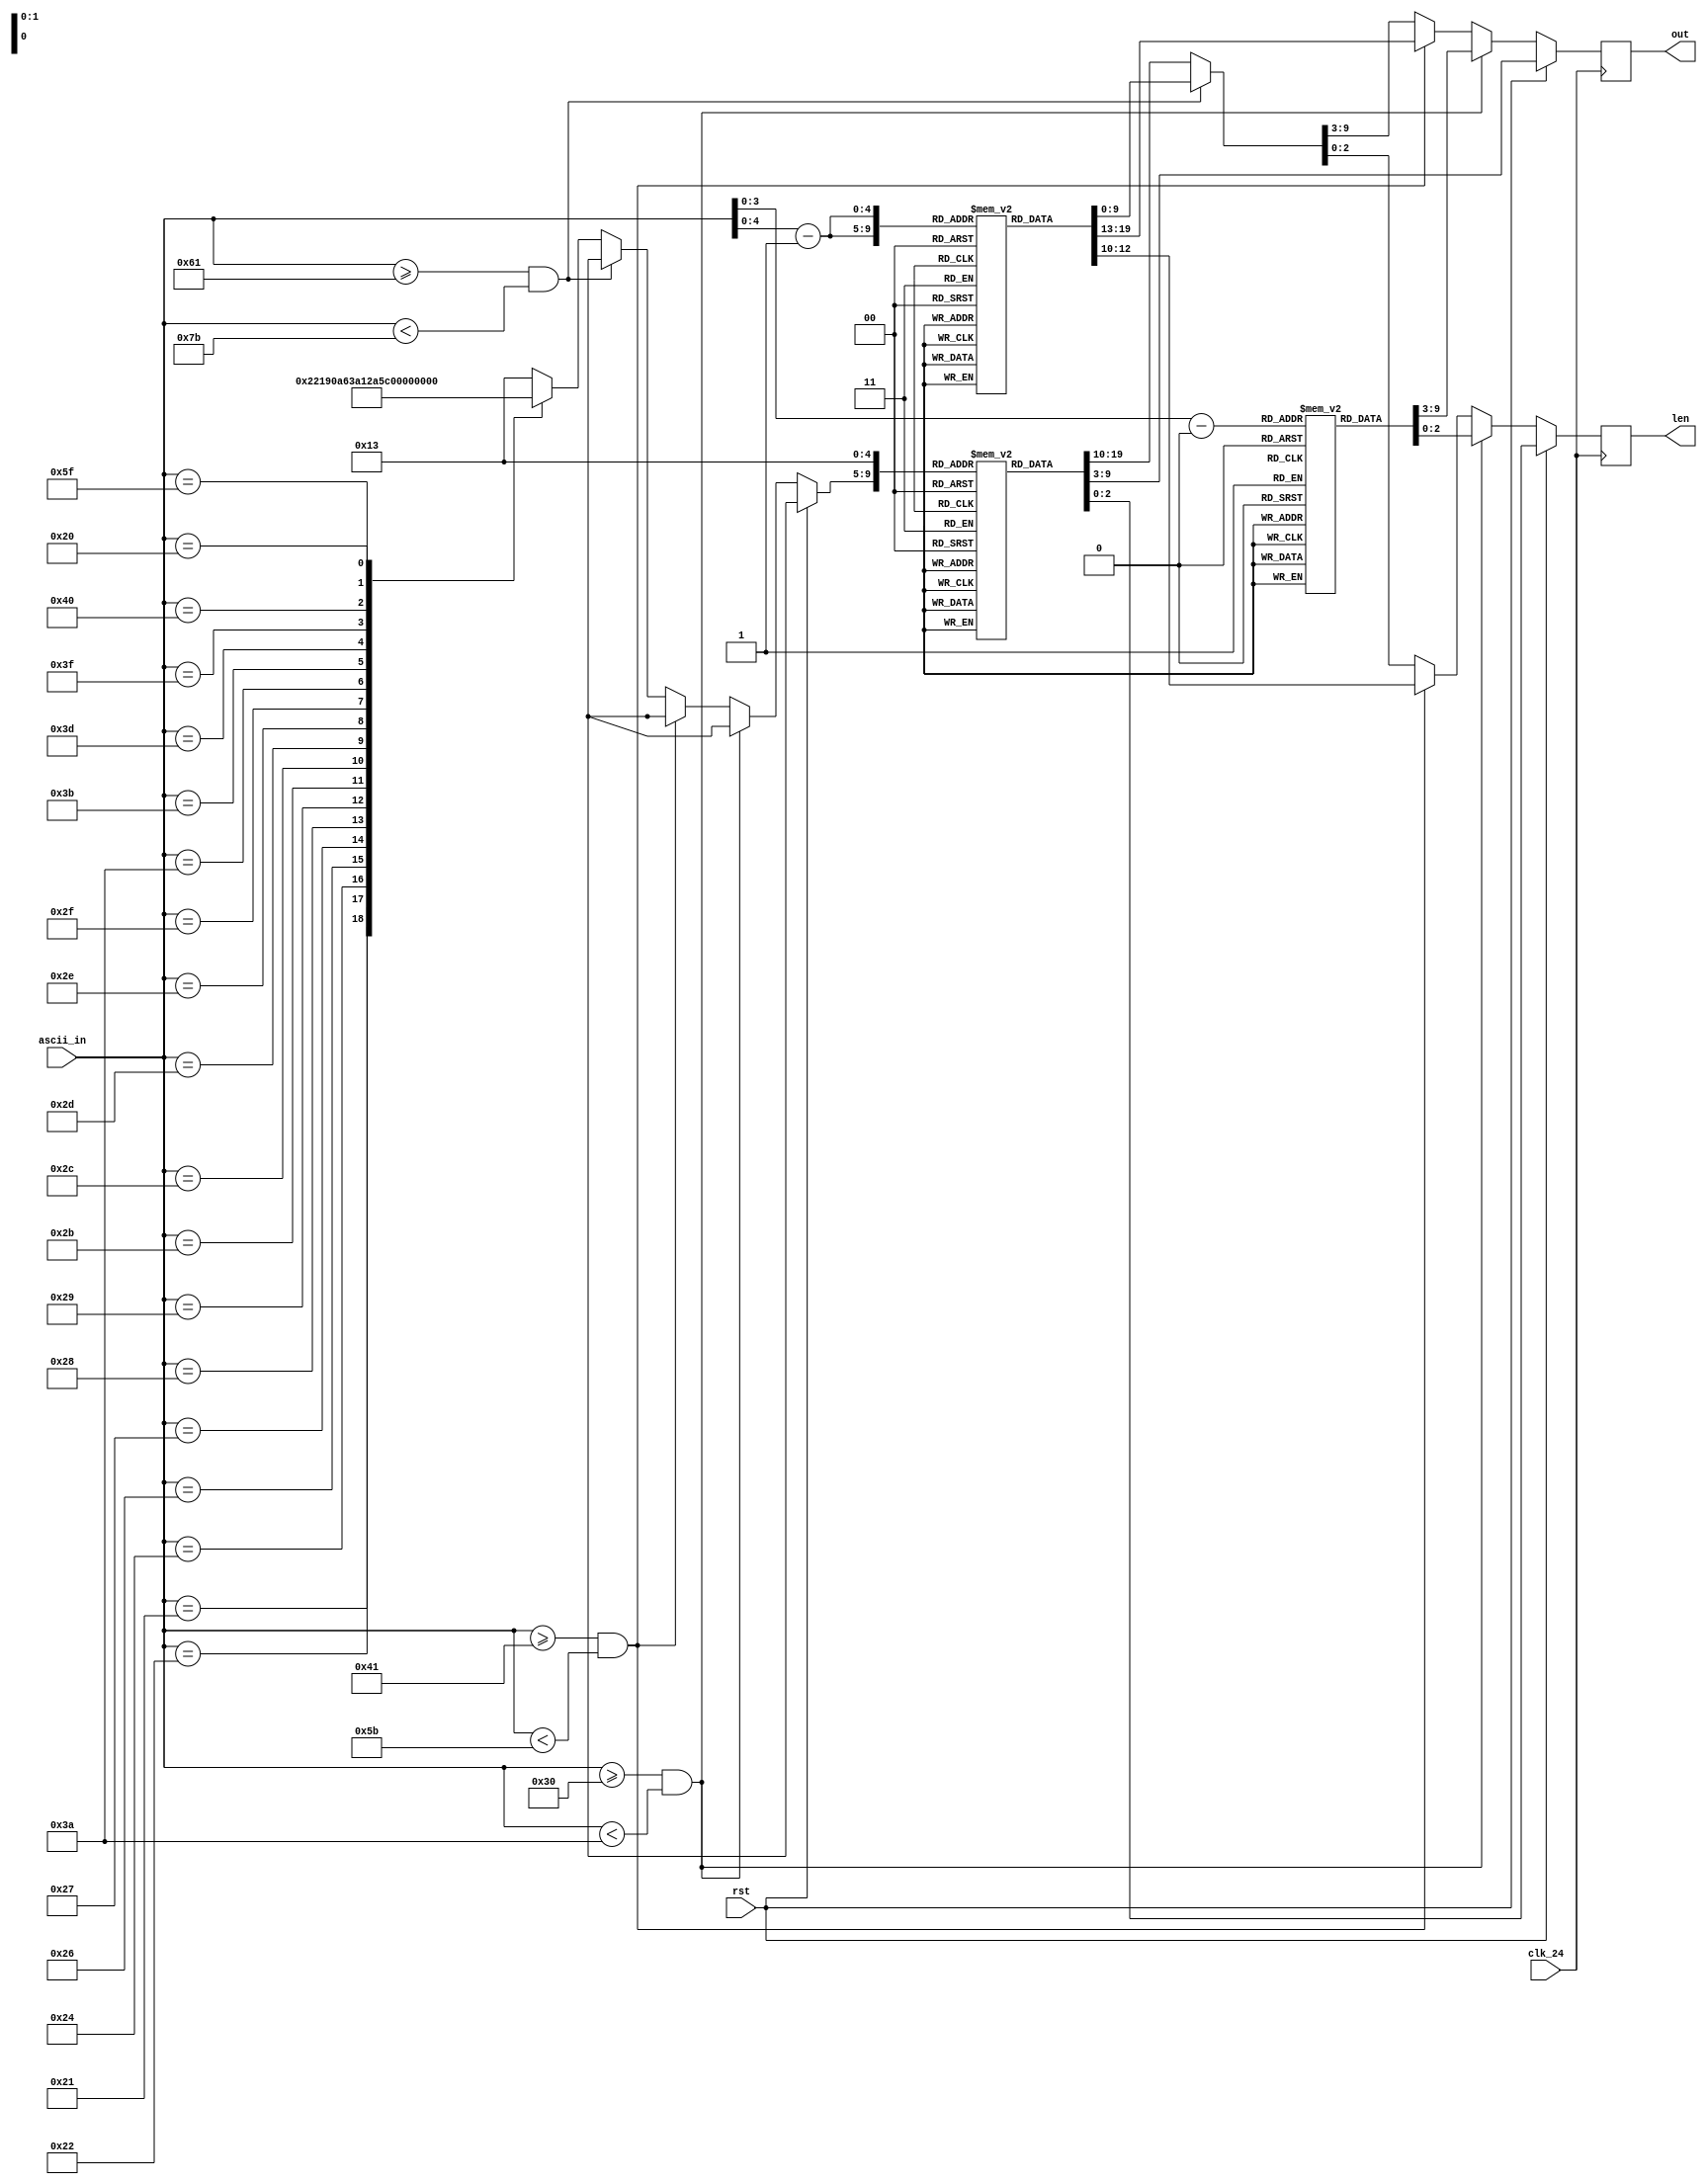
module morse(clk_24, rst, ascii_in, out, len);
    input clk_24;
    input rst;
    input [6:0] ascii_in;

    output reg [6:0] out = 6'b0;
    output reg [2:0] len = 3'b0;

    reg [9:0] letters [0:25];
    reg [9:0] numbers [0:9];
    reg [9:0] punctuation [0:19];

    reg [4:0] punc_index;

    //0 short, 1 long
    //Read from right to left (little endian)
    initial begin
        numbers[0] = {6'b00_11111, 3'd5}; //0
        numbers[1] = {6'b00_11110, 3'd5}; //1
        numbers[2] = {6'b00_11100, 3'd5}; //2
        numbers[3] = {6'b00_11000, 3'd5}; //3
        numbers[4] = {6'b00_10000, 3'd5}; //4
        numbers[5] = {6'b00_00000, 3'd5}; //5
        numbers[6] = {6'b00_00001, 3'd5}; //6
        numbers[7] = {6'b00_00011, 3'd5}; //7
        numbers[8] = {6'b00_00111, 3'd5}; //8
        numbers[9] = {6'b00_01111, 3'd5}; //9

        //Underscore to tell where the morse end
        //The length parameter encodes this in the Verilog
        letters[0] = {7'b00000_10, 3'd2}; //A
        letters[1] = {7'b000_0001, 3'd4}; //B
        letters[2] = {7'b000_0101, 3'd4}; //C
        letters[3] = {7'b0000_001, 3'd3}; //D
        letters[4] = {7'b000000_0, 3'd1}; //E
        letters[5] = {7'b000_0100, 3'd4}; //F
        letters[6] = {7'b0000_011, 3'd3}; //G
        letters[7] = {7'b000_0000, 3'd4}; //H
        letters[8] = {7'b00000_00, 3'd2}; //I
        letters[9] = {7'b000_1110, 3'd4}; //J
        letters[10] = {7'b0000_101, 3'd3}; //K
        letters[11] = {7'b000_0010, 3'd4}; //L
        letters[12] = {7'b00000_11, 3'd2}; //M
        letters[13] = {7'b00000_01, 3'd2}; //N
        letters[14] = {7'b0000_111, 3'd3}; //O
        letters[15] = {7'b000_0110, 3'd4}; //P
        letters[16] = {7'b000_1011, 3'd4}; //Q
        letters[17] = {7'b0000_010, 3'd3}; //R
        letters[18] = {7'b0000_000, 3'd3}; //S
        letters[19] = {7'b000000_1, 3'd1}; //T
        letters[20] = {7'b0000_100, 3'd3}; //U
        letters[21] = {7'b000_1000, 3'd4}; //V
        letters[22] = {7'b0000_110, 3'd3}; //W
        letters[23] = {7'b000_1001, 3'd4}; //X
        letters[24] = {7'b000_1101, 3'd4}; //Y
        letters[25] = {7'b000_0011, 3'd4}; //Z

        punctuation[0] = {7'b0_110101, 3'd6}; //! 33
        punctuation[1] = {7'b0_010010, 3'd6}; //" 34
        punctuation[2] = {7'b 1001000, 3'd7}; //$ 36
        punctuation[3] = {7'b00_00010, 3'd5}; //& 38
        punctuation[4] = {7'b0_011110, 3'd6}; //' 39
        punctuation[5] = {7'b00_01101, 3'd5}; //( 40
        punctuation[6] = {7'b0_101101, 3'd6}; //) 41
        punctuation[7] = {7'b00_01010, 3'd5}; //+ 43
        punctuation[8] = {7'b0_110011, 3'd6}; //, 44
        punctuation[9] = {7'b0_100001, 3'd6}; //- 45
        punctuation[10] = {7'b0_101010, 3'd6}; //. 46
        punctuation[11] = {7'b00_01001, 3'd5}; /// 47
        punctuation[12] = {7'b0_000111, 3'd6}; //: 58
        punctuation[13] = {7'b0_010101, 3'd6}; //; 59
        punctuation[14] = {7'b00_10001, 3'd5}; //= 61
        punctuation[15] = {7'b0_001100, 3'd6}; //? 63
        punctuation[16] = {7'b0_010110, 3'd6}; //@ 64
        punctuation[17] = {7'b0_101100, 3'd6}; //_ 95

        punctuation[18] = {7'b0, 3'd1}; // space is 2 lots of 3 unit waits, plus a 1 unit wait is a 7 unit wait
        punctuation[19] = {7'b0, 3'd0}; //empty
    end

    always @(posedge clk_24)
    begin
        if (rst)
        begin
            {out, len} = punctuation[19];
        end
        else if (ascii_in >= 48 && ascii_in < 58) //Numbers
        begin
            {out, len} = numbers[ascii_in - 48]; 
        end
        else if (ascii_in >= 65 && ascii_in < 91) //Uppercase
        begin
            {out, len} = letters[ascii_in - 65]; 
        end
        else if (ascii_in >= 97 && ascii_in < 123) //Lowercase
        begin
            {out, len} = letters[ascii_in - 97]; 
        end
        else //Punctuation and invalid code points
        begin
            case (ascii_in)
                7'd33      : punc_index = 5'd0;
                7'd34      : punc_index = 5'd1;
                7'd36      : punc_index = 5'd2;
                7'd38      : punc_index = 5'd3;
                7'd39      : punc_index = 5'd4;
                7'd40      : punc_index = 5'd5;
                7'd41      : punc_index = 5'd6;
                7'd43      : punc_index = 5'd7;
                7'd44      : punc_index = 5'd8;
                7'd45      : punc_index = 5'd9;
                7'd46      : punc_index = 5'd10;
                7'd47      : punc_index = 5'd11;
                7'd58      : punc_index = 5'd12;
                7'd59      : punc_index = 5'd13;
                7'd61      : punc_index = 5'd14;
                7'd63      : punc_index = 5'd15;
                7'd64      : punc_index = 5'd16;
                7'd95      : punc_index = 5'd17;
                7'd32      : punc_index = 5'd18;
                default    : punc_index = 5'd19;
            endcase

            {out, len} = punctuation[punc_index];
        end
    end
endmodule